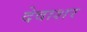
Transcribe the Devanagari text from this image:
देवाशर